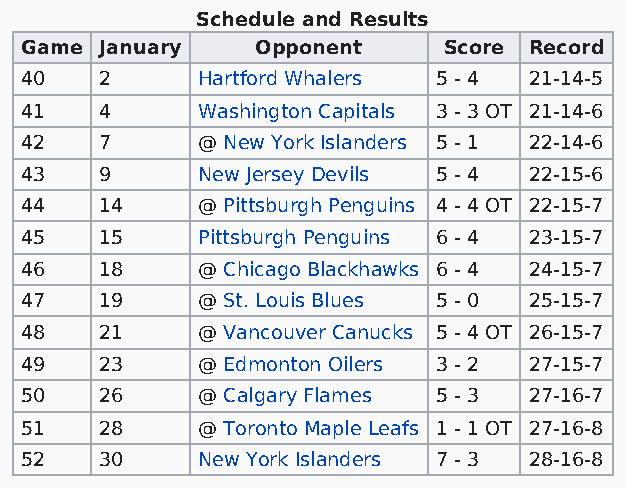
Schedule and Results
 Game  January   Opponent    Score Record
 40    2     Hartford Whalers 5 - 4 21-14-5
 41    4     Washington Capitals 3 - 3 OT 21-14-6
 42    7     @ New York Islanders 5 - 1 22-14-6
 43    9     New Jersey Devils 5 - 4 22-15-6
 44    14    @ Pittsburgh Penguins 4 - 4 OT 22-15-7
 45    15    Pittsburgh Penguins 6 - 4 23-15-7
 46    18    @ Chicago Blackhawks 6 - 4 24-15-7
 47    19    @ St. Louis Blues 5 - 0 25-15-7
 48    21    @ Vancouver Canucks 5 - 4 OT 26-15-7
 49    23    @ Edmonton Oilers 3 - 2 27-15-7
 50    26    @ Calgary Flames 5 - 3 27-16-7
 51    28    @ Toronto Maple Leafs 1 - 1 OT 27-16-8
 52    30    New York Islanders 7 - 3 28-16-8